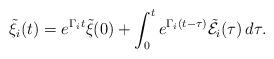
LaTeX: \begin{align*}\tilde\xi_i(t)=e^{\Gamma_i t} \tilde{\xi}(0)+\int_0^t e^{\Gamma_i(t-\tau)} \tilde{\mathcal{E}}_i (\tau)\, d\tau.\end{align*}